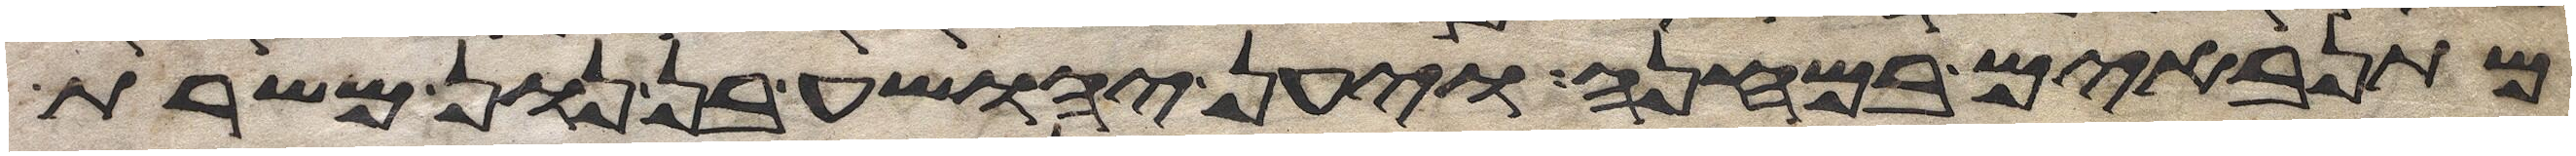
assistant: מתנאבים במחנה ויען יהושע בן נון משרת